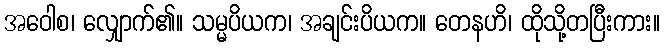
အဝေါစ၊ လျှောက်၏။ သမ္မပိယက၊ အချင်းပိယက။ တေနဟိ၊ ထိုသို့တပြီးကား။